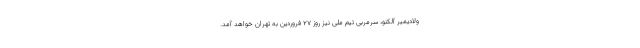
ولادیمیر آلکنو، سرمربی تیم ملی نیز روز 27 فروردین به تهران خواهد آمد.